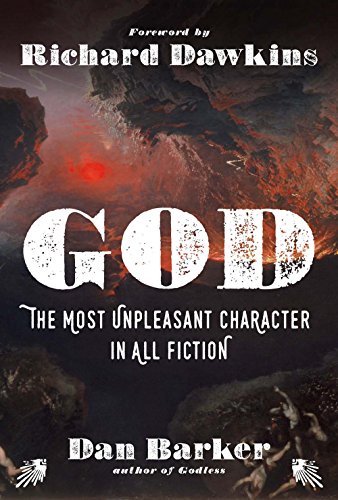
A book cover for God: The Most Unpleasant Character in All Fiction; Daniel Barker; Religion & Spirituality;